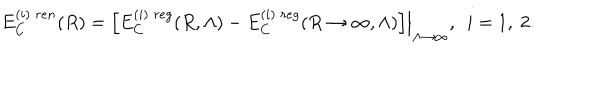
LaTeX: E _ { C } ^ { ( i ) \; r e n } ( R ) = \left. \left[ E _ { C } ^ { ( i ) \; r e g } ( R , \Lambda ) - E _ { C } ^ { ( i ) \; r e g } ( R \to \infty , \Lambda ) \right] \right| _ { \Lambda \to \infty } , ~ ~ i = 1 , ~ 2 .